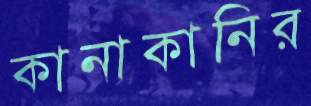
কানাকানির